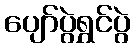
ပျော်ပွဲရွှင်ပွဲ